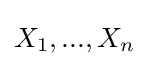
X_{1},...,X_{n}